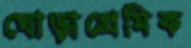
ঘোড়াপ্রেমিক